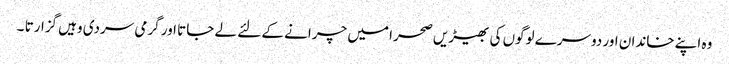
وہ اپنے خاندان اور دوسرے لوگوں کی بھیڑیں صحرا میں چرانے کے لئے لے جاتا اور گرمی سردی وہیں گزارتا ۔